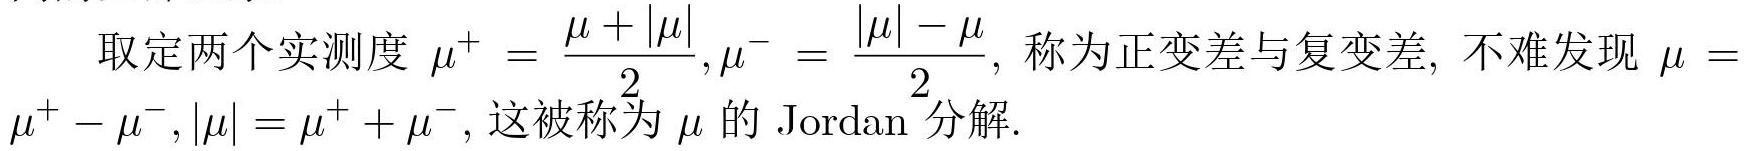
取定两个实测度 $\mu^{+}=\frac{\mu + |\mu|}{2},\mu^{-}=\frac{|\mu| - \mu}{2}$, 称为正变差与复变差, 不难发现 $\mu = \mu^{+}-\mu^{-},|\mu|=\mu^{+}+\mu^{-}$, 这被称为 $\mu$ 的 Jordan 分解.